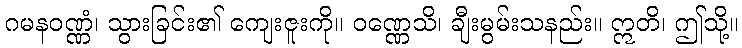
ဂမနဝဏ္ဏံ၊ သွားခြင်း၏ ကျေးဇူးကို။ ဝဏ္ဏေသိ၊ ချီးမွမ်းသနည်း။ ဣတိ၊ ဤသို့။